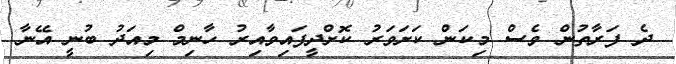
ދެ ފަރާތުން ވެސް މިކަން ކަށަވަރު ކޮށްދީފައިވާއިރު ހާނިމް މިއަދު ބުނީ އޭނާ